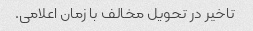
تاخیر در تحویل مخالف با زمان اعلامی.